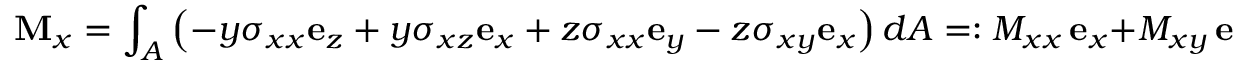
\mathbf { M } _ { x } = \int _ { A } \left( - y \sigma _ { x x } \mathbf { e } _ { z } + y \sigma _ { x z } \mathbf { e } _ { x } + z \sigma _ { x x } \mathbf { e } _ { y } - z \sigma _ { x y } \mathbf { e } _ { x } \right) d A = : M _ { x x } \, \mathbf { e } _ { x } + M _ { x y } \, \mathbf { e } _ { y } + M _ { x z } \, \mathbf { e } _ { z } \, .